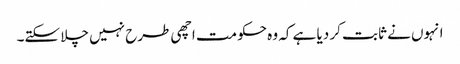
انہوں نے ثابت کر دیا ہے کہ وہ حکومت اچھی طرح نہیں چلا سکتے۔